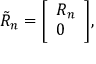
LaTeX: { \tilde { R } } _ { n } = { \left[ \begin{array} { l } { R _ { n } } \\ { 0 } \end{array} \right] } ,